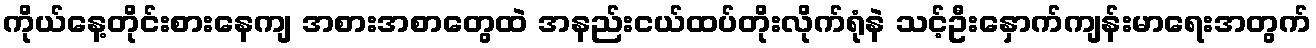
ကိုယ်နေ့တိုင်းစားနေကျ အစားအစာတွေထဲ အနည်းငယ်ထပ်တိုးလိုက်ရုံနဲ သင့်ဦးနှောက်ကျန်းမာရေးအတွက်